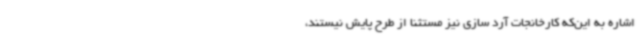
اشاره به این‌که کارخانجات آرد سازی نیز مستثنا از طرح پایش نیستند،